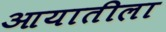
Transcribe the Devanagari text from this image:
आयातीला